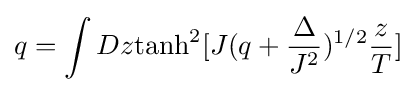
q=\int Dz{\tanh }^{2}[J(q+{\frac {\Delta }{J^{2}}})^{1/2}{\frac {z}{T}}]